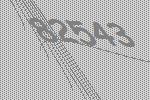
82543